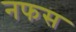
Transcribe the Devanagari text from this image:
नफस